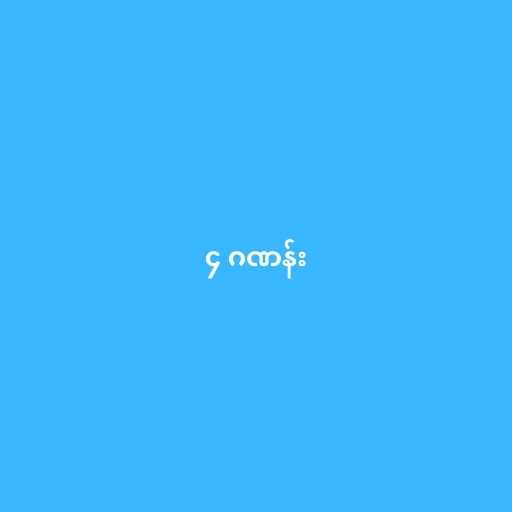
၄ ဂဏန်း